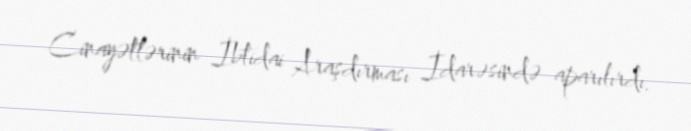
Cinayətlərinin İbtidai Araşdırması İdarəsində aparılırdı.